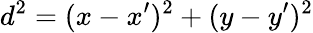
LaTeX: d^{2}=(x-x^{\prime})^{2}+(y-y^{\prime})^{2}